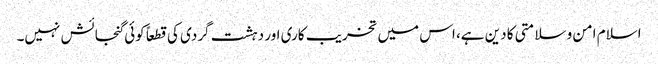
اسلام امن و سلامتی کا دین ہے، اس میں تخریب کاری اور دہشت گردی کی قطعاً کوئی گنجائش نہیں۔